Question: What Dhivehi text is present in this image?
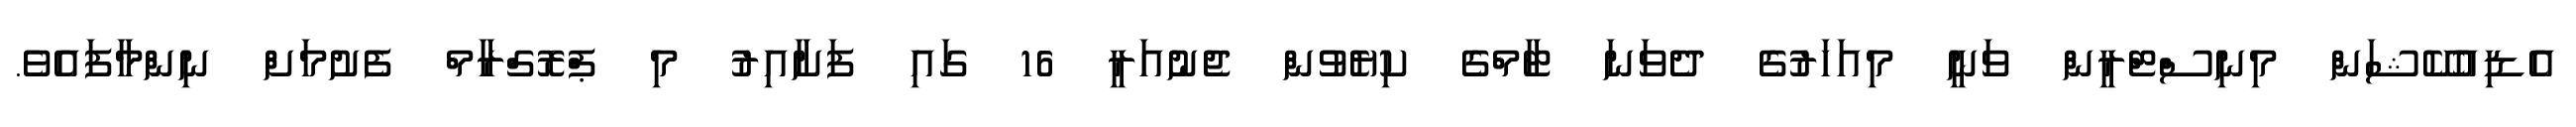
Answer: އެޑިއުކޭޝަން މިނިސްޓްރީން ވަނީ މިއަހަރުގެ ދެވަނަ ޓާމްގެ ކިޔެވުން ޖެނުއަރީ 16 ގައި ފަށާއިރު މި ޕްރޮގްރާމް ފެށުމަށް ނިންމާފައެވެ.